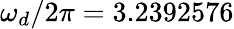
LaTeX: \omega_{d}/2\pi=3.2392576